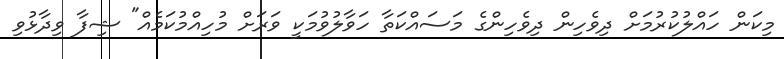
މިކަން ހައްލުކުރުމަށް ދިވެހިން ދިވެހިންގެ މަސައްކަތާ ހަވާލުވުމަކީ ވަރަށް މުހިއްމުކަމެއް" ޝިފާ ވިދާޅުވި